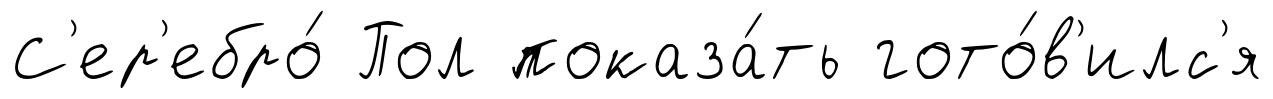
С'ер'ебро́ Пол показа́ть гото́в'илс'я